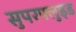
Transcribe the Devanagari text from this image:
सुपरफ्लुइड